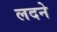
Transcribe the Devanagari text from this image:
लदने